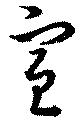
宣